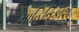
માહિતિકોશ